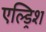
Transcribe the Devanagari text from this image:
एल्ड्रिश